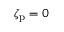
\zeta _ { \mathrm { p } } = 0